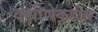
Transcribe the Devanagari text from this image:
दक्षीणेकडील